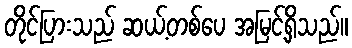
တိုင်ပြားသည် ဆယ့်တစ်ပေ အမြင့်ရှိသည်။